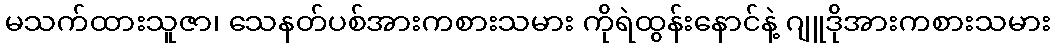
မသက်ထားသူဇာ၊ သေနတ်ပစ်အားကစားသမား ကိုရဲထွန်းနောင်နဲ့ ဂျူဒိုအားကစားသမား